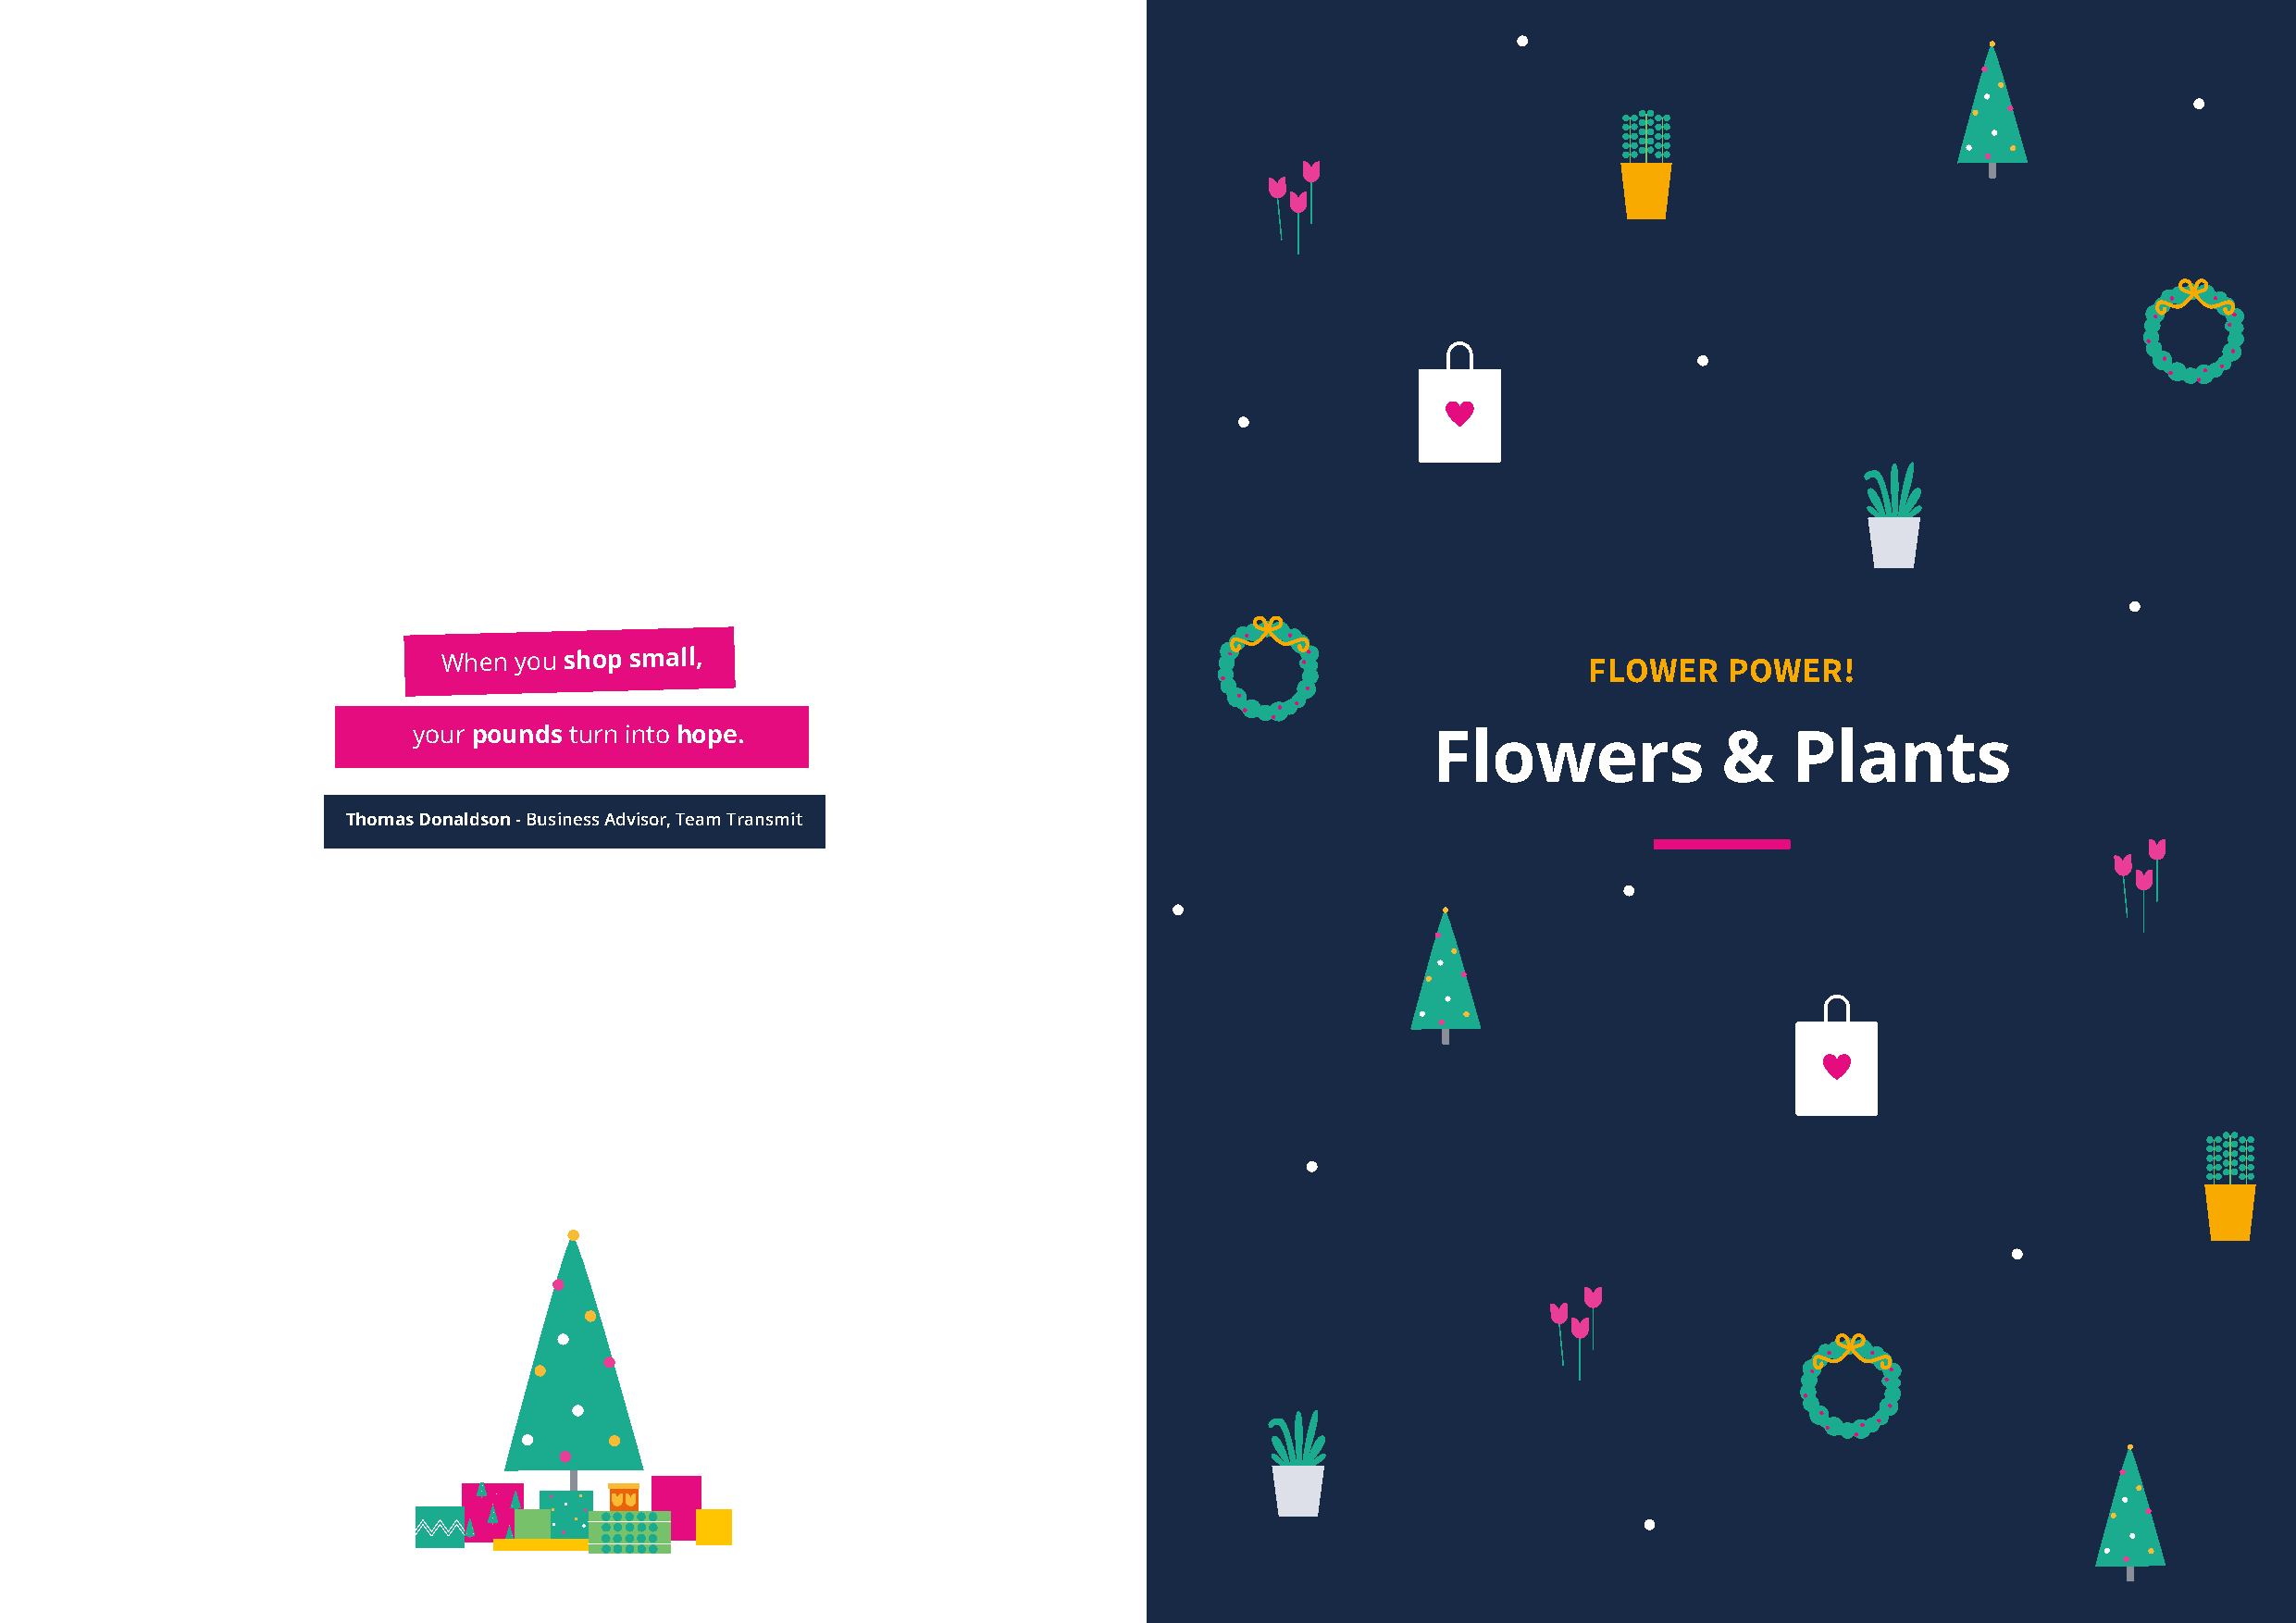
When you shop small,                                                              FLOWER    POWER!
 your pounds turn into hope.                                             Flowers              &    Plants
 Thomas Donaldson - Business Advisor, Team Transmit